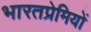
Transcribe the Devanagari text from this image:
भारतप्रेमियों